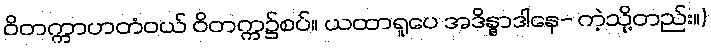
ဝိတက္ကာဟတံဝယ် ဝိတက္က၌စပ်။ ယထာရူပေ အဒိန္နာဒါနေ- ကဲ့သို့တည်း။)